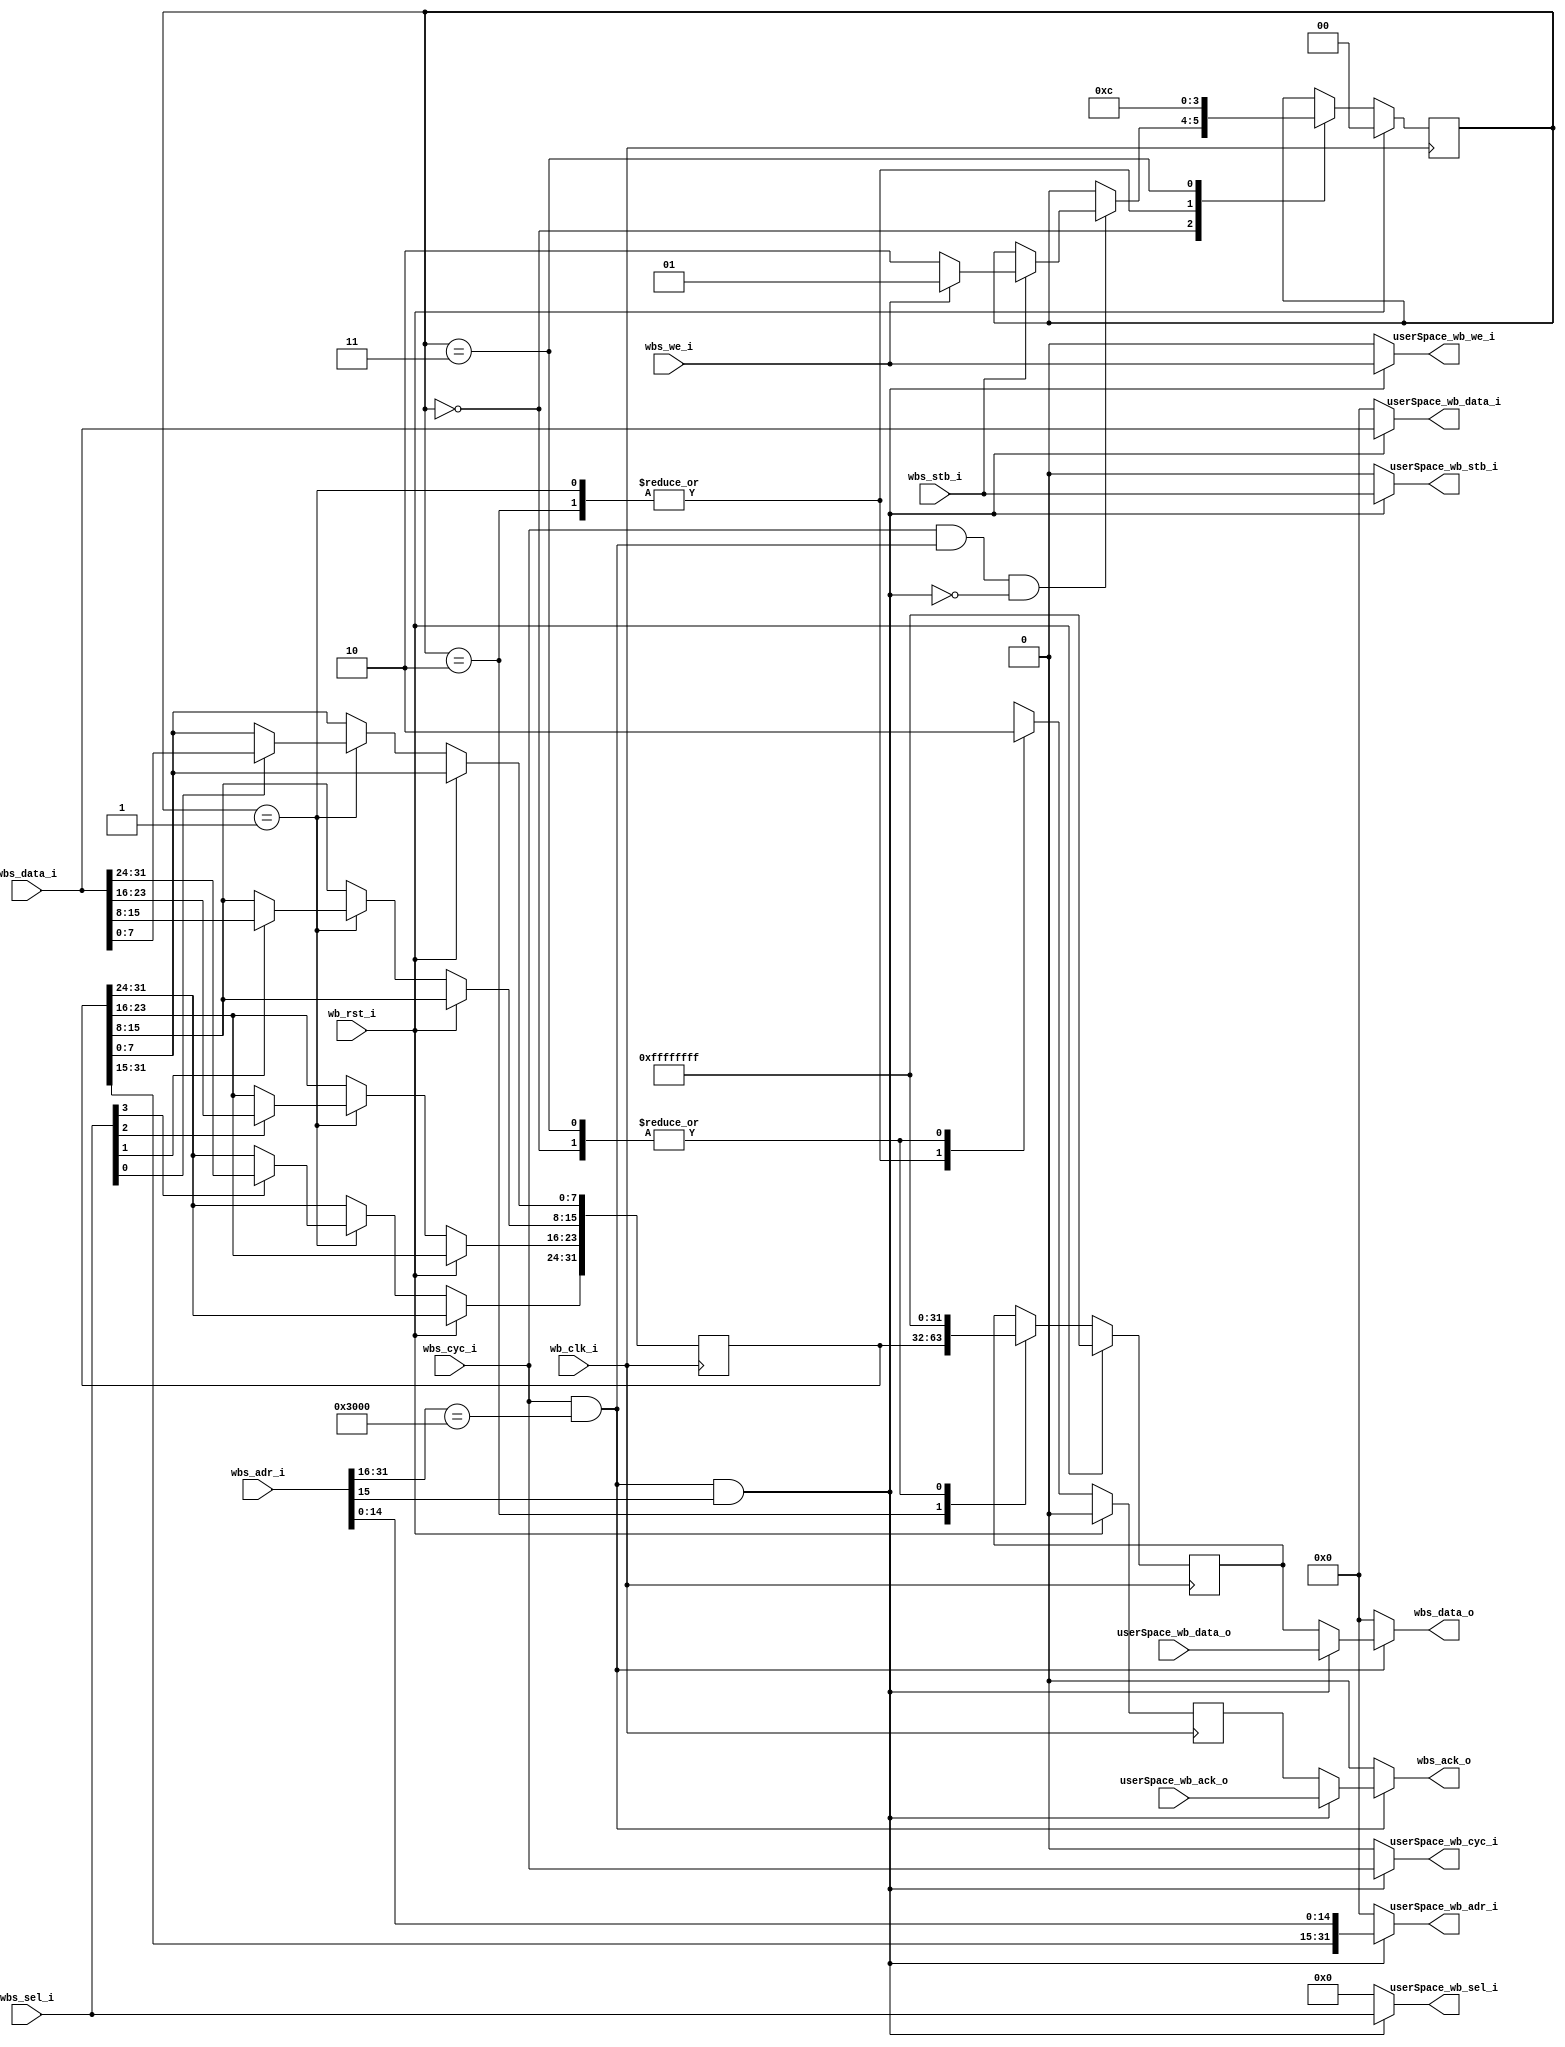
module WBAddressExtension (
		input wire wb_clk_i,
		input wire wb_rst_i,
		
		// Wishbone Slave port from caravel
		input wire wbs_cyc_i,
		input wire wbs_stb_i,
		input wire wbs_we_i,
		input wire[3:0] wbs_sel_i,
		input wire[31:0] wbs_adr_i,
		input wire[31:0] wbs_data_i,
		output reg wbs_ack_o,
		output reg[31:0] wbs_data_o,

		// Wishbone connection to user space
		output wire userSpace_wb_cyc_i,
		output wire userSpace_wb_stb_i,
		output wire userSpace_wb_we_i,
		output wire[3:0] userSpace_wb_sel_i,
		output wire[31:0] userSpace_wb_adr_i,
		output wire[31:0] userSpace_wb_data_i,
		input wire userSpace_wb_ack_o,
		input wire[31:0] userSpace_wb_data_o
	);
	
	reg[31:0] currentAddress = 32'b0;

	// Connect user space wishbone bus
	wire busAccess = wbs_cyc_i && wbs_adr_i[31:16] == 16'h3000;
	wire userSpaceSelect = busAccess && wbs_adr_i[15];
	wire[14:0] addressOffset = wbs_adr_i[14:0];

	assign userSpace_wb_cyc_i = userSpaceSelect ? wbs_cyc_i : 1'b0;
	assign userSpace_wb_stb_i = userSpaceSelect ? wbs_stb_i : 1'b0;
	assign userSpace_wb_we_i = userSpaceSelect ? wbs_we_i : 1'b0;
	assign userSpace_wb_sel_i = userSpaceSelect ? wbs_sel_i : 4'b0000;
	assign userSpace_wb_adr_i = userSpaceSelect ? { currentAddress[31:15], addressOffset } : 32'b0;
	assign userSpace_wb_data_i = userSpaceSelect ? wbs_data_i : 32'b0;

	// Wishbone interface to allow setting current addres
	localparam STATE_IDLE  		  = 2'h0;
	localparam STATE_WRITE_SINGLE = 2'h1;
	localparam STATE_READ_SINGLE  = 2'h2;
	localparam STATE_FINISH 	  = 2'h3;
	
	reg[1:0] state = STATE_IDLE;
	reg[3:0] currentByteSelect;
	reg[31:0] currentDataIn;

	reg acknowledge = 1'b0;
	reg[31:0] dataRead_buffered = ~32'b0;

	always @(posedge wb_clk_i) begin
		if (wb_rst_i) begin
			state <= STATE_IDLE;
			acknowledge <= 1'b0;
			dataRead_buffered <= ~32'b0;
		end else begin
			case (state)
				STATE_IDLE: begin
					acknowledge <= 1'b0;
					dataRead_buffered <= ~32'b0;

					if (wbs_cyc_i && busAccess && !userSpaceSelect) begin
						if (wbs_stb_i) begin
							if (wbs_we_i) begin
								state <= STATE_WRITE_SINGLE;
							end else begin
								state <= STATE_READ_SINGLE;
							end
						end
					end
				end

				STATE_WRITE_SINGLE: begin
					state <= STATE_FINISH;
					acknowledge <= 1'b1;
					if (wbs_sel_i[0]) currentAddress[7:0]   <= wbs_data_i[7:0];
					if (wbs_sel_i[1]) currentAddress[15:8]  <= wbs_data_i[15:8];
					if (wbs_sel_i[2]) currentAddress[23:16] <= wbs_data_i[23:16];
					if (wbs_sel_i[3]) currentAddress[31:24] <= wbs_data_i[31:24];
				end

				STATE_READ_SINGLE: begin
					state <= STATE_FINISH;
					acknowledge <= 1'b1;
					dataRead_buffered <= currentAddress;
				end

				STATE_FINISH: begin
					state <= STATE_IDLE;
					acknowledge <= 1'b0;
					dataRead_buffered <= ~32'b0;
				end

				default: begin
					state <= STATE_IDLE;
					acknowledge <= 1'b0;
				end				
			endcase
		end
	end

	// Connect wishbone return signals
	always @(*) begin
		if (busAccess) begin
			if (userSpaceSelect) begin
				wbs_ack_o <= userSpace_wb_ack_o;
				wbs_data_o <= userSpace_wb_data_o;
			end else begin
				wbs_ack_o <= acknowledge;
				wbs_data_o <= dataRead_buffered;
			end
		end else begin
			wbs_ack_o <= 1'b0;
			wbs_data_o <= 32'b0;
		end
	end
	
endmodule